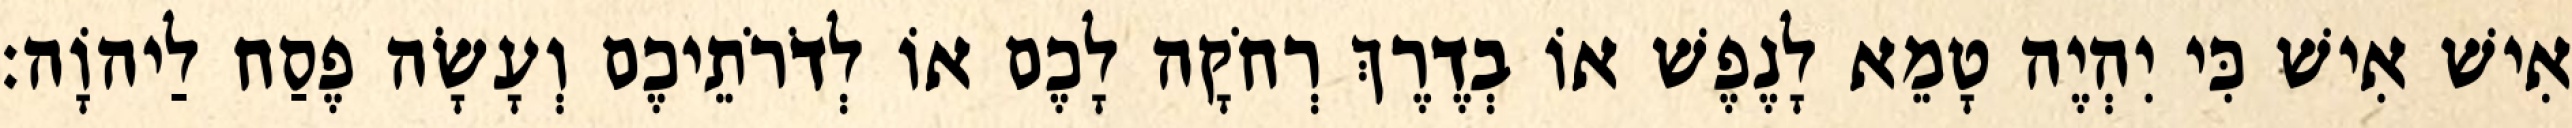
אִישׁ אִישׁ כִּי יִהְיֶה טָמֵא לָנֶפֶשׁ אוֹ בְדֶרֶךְ רְחֹקָה לָכֶם אוֹ לְדֹרֹתֵיכֶם וְעָשָׂה פֶסַח לַיהוָֹה׃